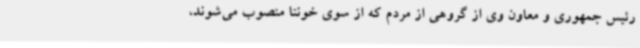
رئیس جمهوری و معاون وی از گروهی از مردم که از سوی خونتا منصوب می‌شوند،